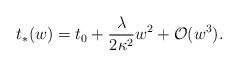
LaTeX: \begin{align*} t_\ast(w)=t_0+\frac{\lambda}{2\kappa^2}w^2+\mathcal{O}(w^3).\end{align*}